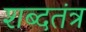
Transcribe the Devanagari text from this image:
शब्दतंत्र